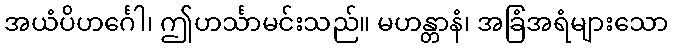
အယံပိဟင်္ဂေါ၊ ဤဟင်္သာမင်းသည်။ မဟန္တာနံ၊ အခြံအရံများသော